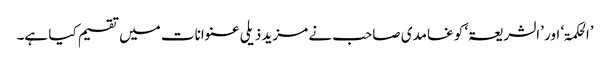
’الحکمۃ‘ اور ’الشریعۃ‘ کو غامدی صاحب نے مزید ذیلی عنوانات میں تقسیم کیا ہے۔